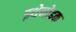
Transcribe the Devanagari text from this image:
इथेनोइक